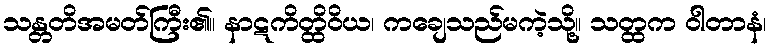
သန္တတိအမတ်ကြီး၏။ နာဋကိတ္ထိဝိယ၊ ကချေသည်မကဲ့သို့။ သတ္ထက ဝါတာနံ၊